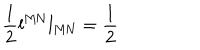
\frac { 1 } { 2 } \mathbf { l } ^ { \mathrm { M N } } \mathbf { l } _ { \mathrm { M N } } = \frac { 1 } { 2 }